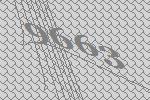
9663